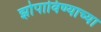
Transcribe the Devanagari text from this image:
झोपाविण्याच्या